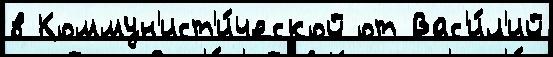
в Коммун'ист'и́ческой от Вас'и́л'ий